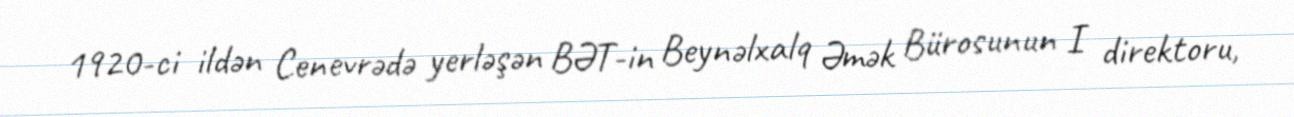
1920-ci ildən Cenevrədə yerləşən BƏT-in Beynəlxalq Əmək Bürosunun I direktoru,